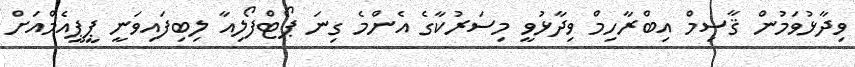
ވިދާޅުވަމުން ޤާސިމް އިބްރާހިމް ވިދާޅުވީ މިސަރުކާގެ އެންމެ ގިނަ ޕޯޓްފޯލިއާ ލިބިފައިވަނީ ޕީޕީއެމްއަށް